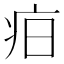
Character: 𤵖